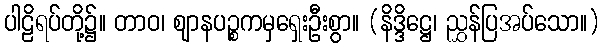
ပါဠိရပ်တို့၌။ တာဝ၊ ဈာနပဉ္စကမှရှေးဦးစွာ။ (နိဒ္ဒိဋ္ဌေ၊ ညွှန်ပြအပ်သော။)